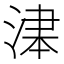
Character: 𱧃